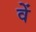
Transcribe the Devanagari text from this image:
वेें